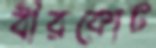
বীরকোট